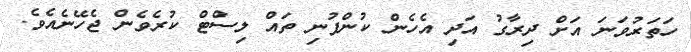
ހަތަރުވަނަ އަށް ދިރާގު އަދި އެހެން ކުންފުނި ތައް ލިސްޓް ކުރެވެން ޖެހޭނެއެވެ.